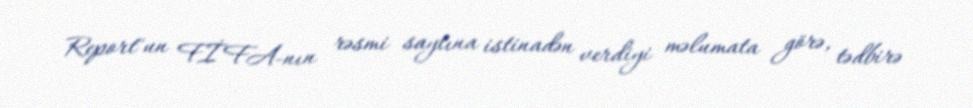
Report"un FİFA-nın rəsmi saytına istinadən verdiyi məlumata görə, tədbirə